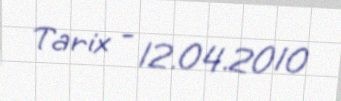
Tarix - 12.04.2010